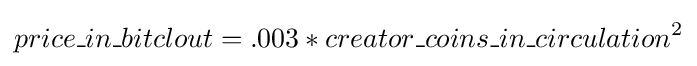
price\_in\_bitclout=.003*creator\_coins\_in\_circulation^{2}